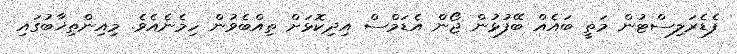
ފެޑެރަލިސްޓުން މަތީ ބައެއް ބޭފުޅުން ޖޯން އެޑަމްސް އިދިކޮޅަށް ތިއްބެވުން ހިމެނެއެވެ. މިއިންތިޚާބުގައި